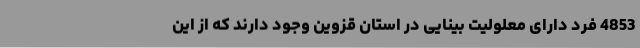
4853 فرد دارای معلولیت بینایی در استان قزوین وجود دارند که از این